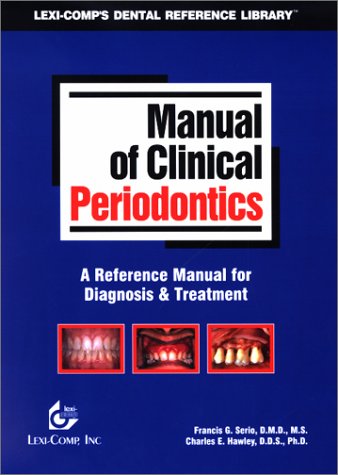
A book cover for Manual of Clinical Periodontics: A Reference Manual for Diagnosis & Treatment (Lexi-Comp's Clinical Reference Library); Francis G. Serio; Medical Books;